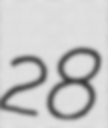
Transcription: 28